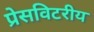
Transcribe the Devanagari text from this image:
प्रेसविटरीय